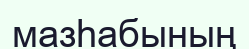
мазһабының